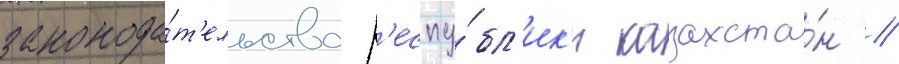
законода́т'ельства р'еспу́бл'ик'и казахста́н /